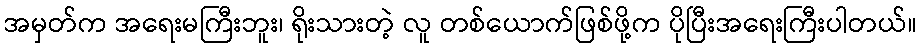
အမှတ်က အရေးမကြီးဘူး၊ ရိုးသားတဲ့ လူ တစ်ယောက်ဖြစ်ဖို့က ပိုပြီးအရေးကြီးပါတယ်။